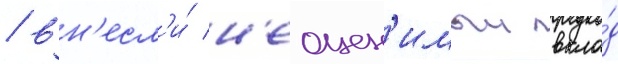
/ вн'есл'и́ н'еоцен'имыи вкла́д